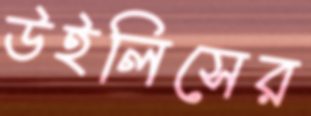
উইলিসের